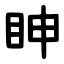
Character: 眒